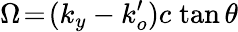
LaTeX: \Omega\! =\! (k_{y}-k_{o}^{\prime})c\; \mathrm{tan}\, \theta